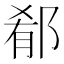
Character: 郩